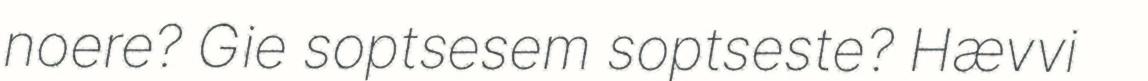
noere? Gie soptsesem soptseste? Hævvi